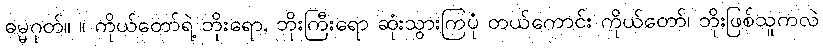
ဓမ္မဂုတ်။ ။ ကိုယ်တော်ရဲ့ ဘိုးရော, ဘိုးကြီးရော ဆုံးသွားကြပုံ တယ်ကောင်း ကိုယ်တော်၊ ဘိုးဖြစ်သူကလဲ